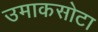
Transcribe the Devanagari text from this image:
उमाकसोटा